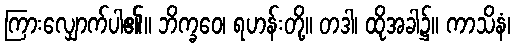
ကြားလျှောက်ပါ၏။ ဘိက္ခဝေ၊ ရဟန်းတို့။ တဒါ၊ ထိုအခါ၌။ ကာသိနံ၊